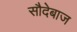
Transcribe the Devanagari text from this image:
सौदेबाज